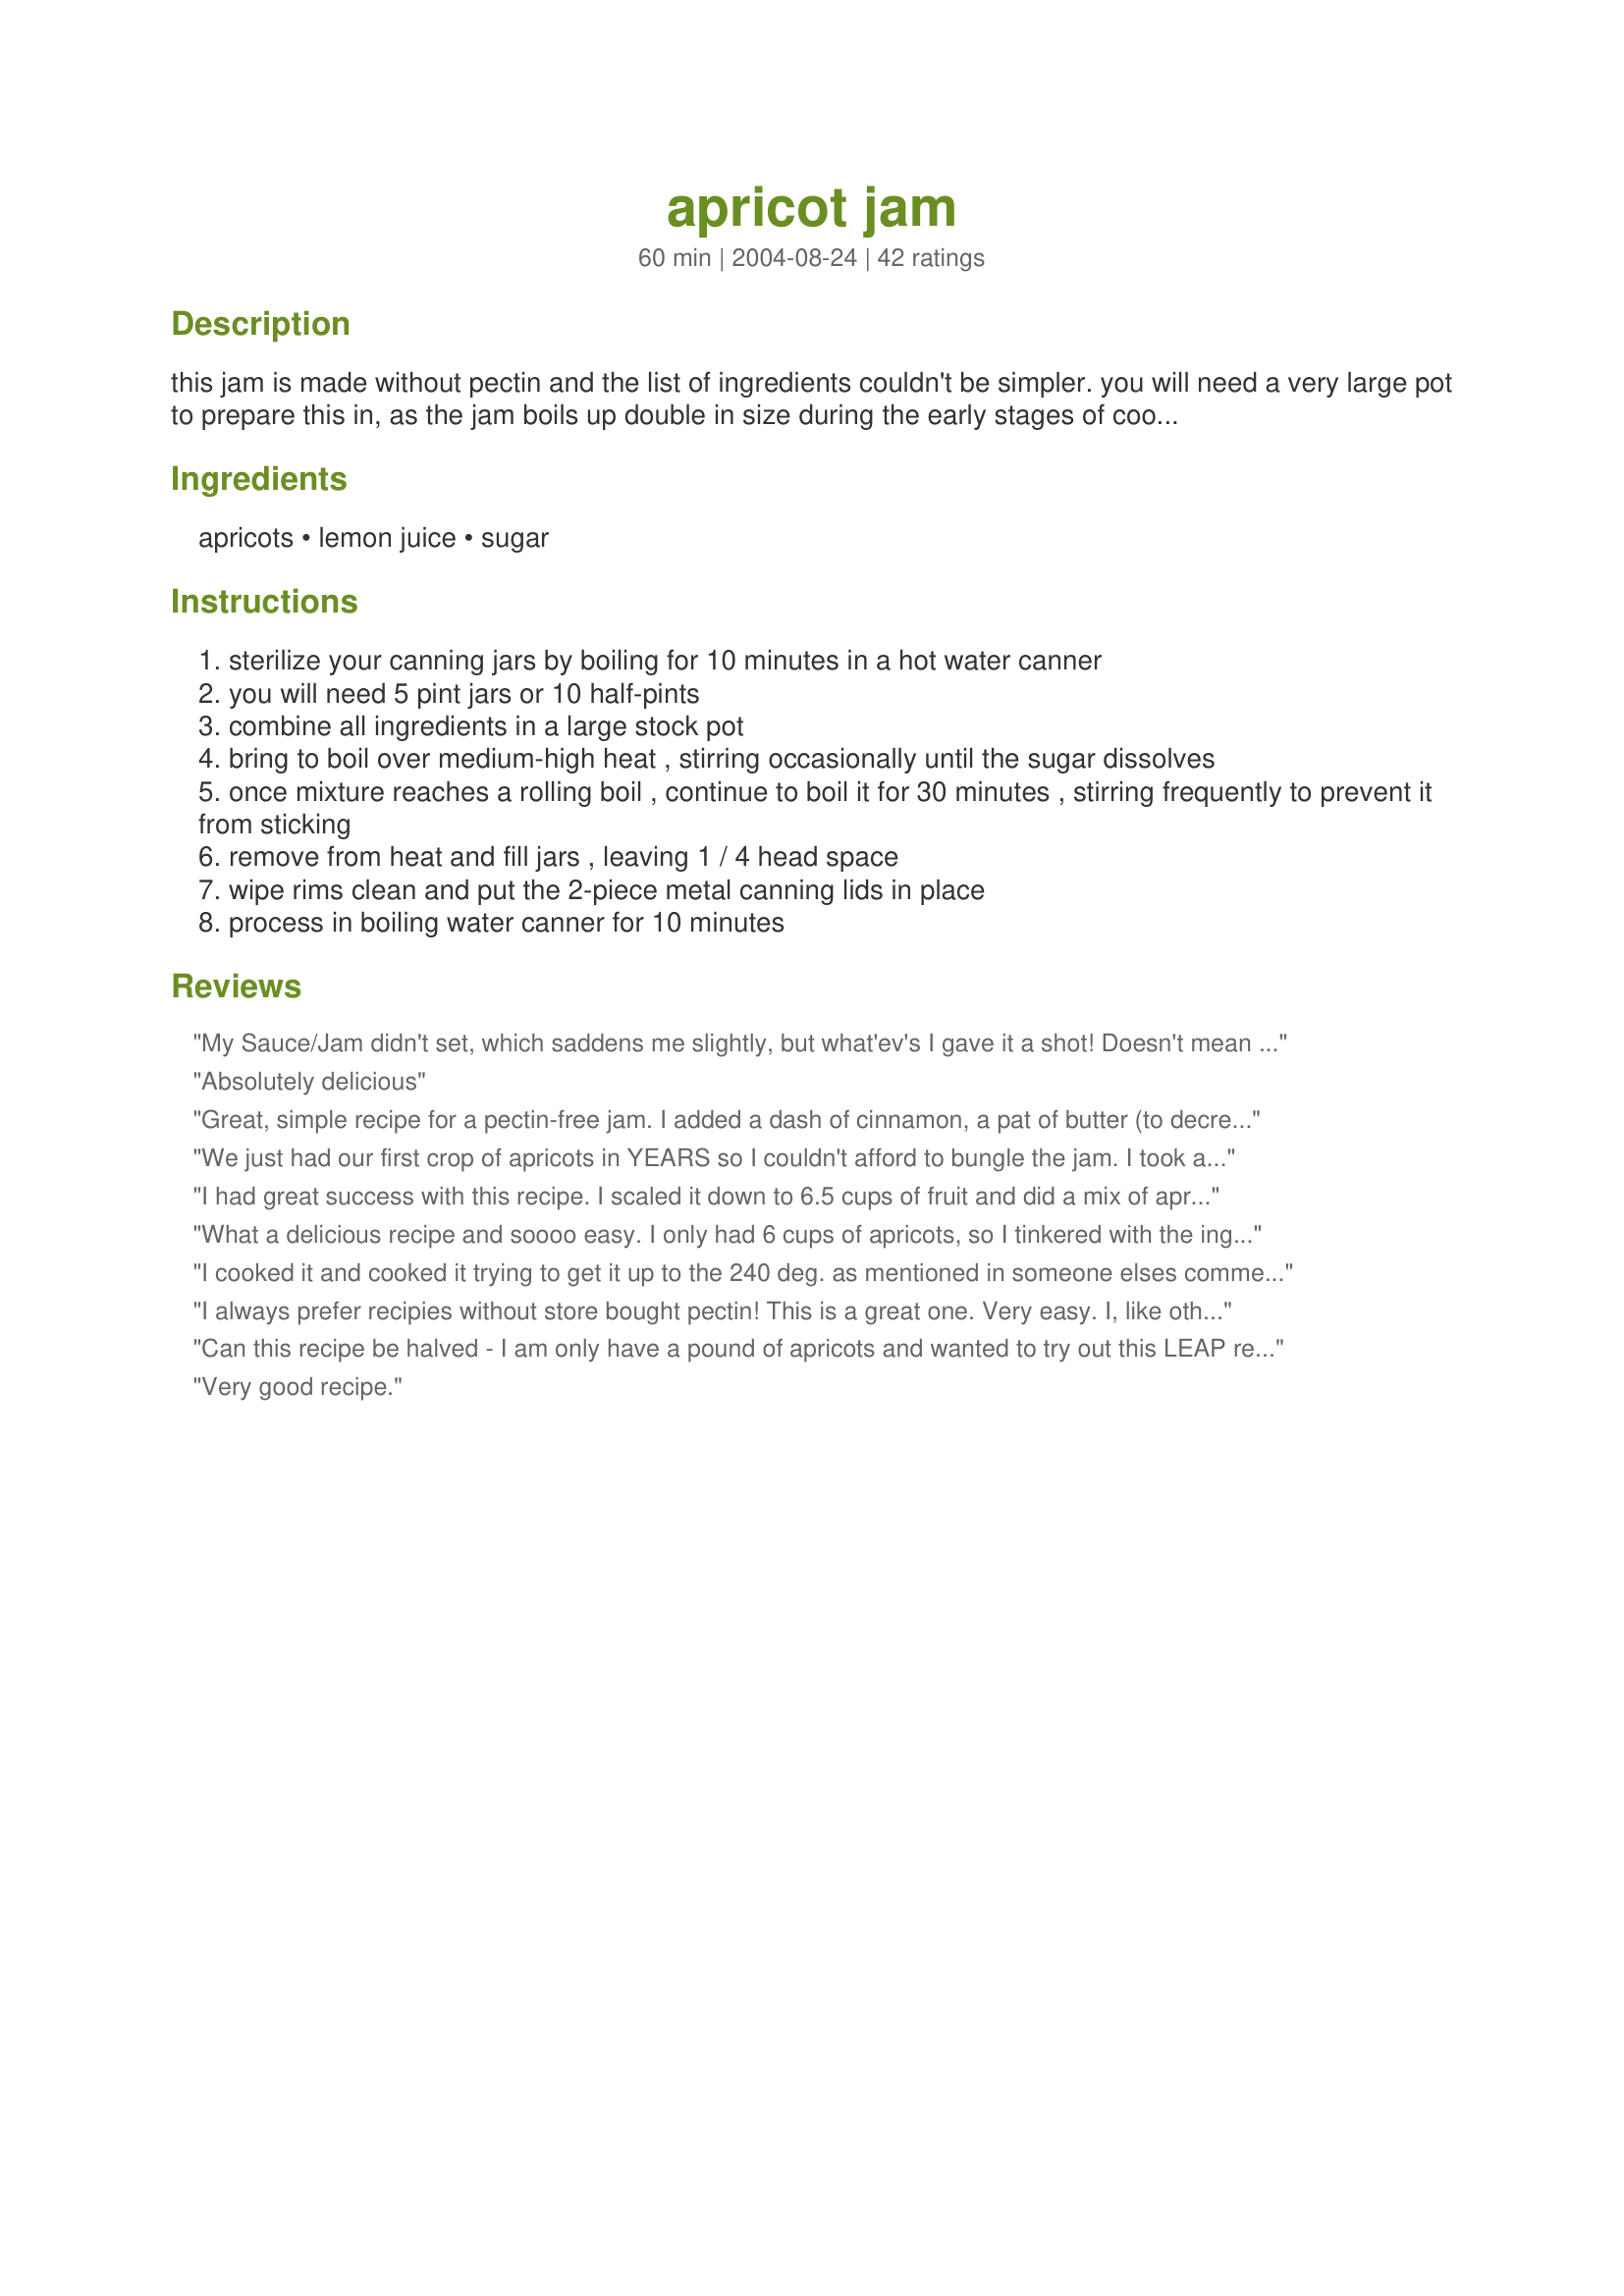
apricot jam
Preparation time: 60 minutes

this jam is made without pectin and the list of ingredients couldn't be simpler. you will need a very large pot to prepare this in, as the jam boils up double in size during the early stages of cooking.

Ingredients:
apricots, lemon juice, sugar

Steps:
sterilize your canning jars by boiling for 10 minutes in a hot water canner
you will need 5 pint jars or 10 half-pints
combine all ingredients in a large stock pot
bring to boil over medium-high heat , stirring occasionally until the sugar dissolves
once mixture reaches a rolling boil , continue to boil it for 30 minutes , stirring frequently to prevent it from sticking
remove from heat and fill jars , leaving 1 / 4 head space
wipe rims clean and put the 2-piece metal canning lids in place
process in boiling water canner for 10 minutes

Reviews:
My Sauce/Jam didn't set, which saddens me slightly, but what'ev's I gave it a shot! Doesn't mean I won't continue trying to make jam without added pectin. Boil longer I suppose?! or stir less?!! I haven't a clue! lol! If anyone has any tips on how to tell when it's ready to be jarred, that would be helpful! I tried the freezer thing, no lo se. Happy Canning Y'all!!! XD
Absolutely delicious
Great, simple recipe for a pectin-free jam. I added a dash of cinnamon, a pat of butter (to decrease foaming) and I decreased the cook time to 15 minutes.
We just had our first crop of apricots in YEARS so I couldn't afford to bungle the jam. I took a risk and added two large diced jalapenos to the fruit! Made it come alive!! Easy, easy!!
I had great success with this recipe. I scaled it down to 6.5 cups of fruit and did a mix of apricots and pineapples, about 5 cups of the apricots and 1.5 of the pineapple. I also added the butter as suggested when boiling. I am so pleased with the outcome. On my gas range I boiled for about 25 minutes at just past the med point. I just made 7 pints and can't wait to make more!
What a delicious recipe and soooo easy. I only had 6 cups of apricots, so I tinkered with the ingredient amounts and ended up with 3 pint jars. Had to stir every 3 mins or so towards the end of cooking.

Very simple recipe... Canning the stuff was the hardest part! Thanks, incdeb.
I cooked it and cooked it trying to get it up to the 240 deg. as mentioned in someone elses comment and it would never get that hot. I ended up bottling it at about 220 deg and only got 3.5 12 oz jars filled. It's also a darker orange color.
I always prefer recipies without store bought pectin! This is a great one. Very easy. I, like others, did not boil it for 30 minutes....more like 15. I used the spoon test to check for readiness - dip a teaspoon in and if it jells as it is dripping off the spoon and cooling, then it is ready! This will go fast at my house!
Can this recipe be halved - I am only have a pound of apricots and wanted to try out this LEAP recipe.
Very good recipe.
Well my 10 year old and I made this recipe today. Our first time canning anything so I'm still hoping it sets and seals properly. We doubled the recipe and it took 32 minutes of boiling. We otherwise followed the directions but decreased sugar by two cups overall. Tastes delicious. We used 12 4oz jars and 12 8oz jars. We're super excited and have our fingers crossed that we hear jars start popping. Oh and we also added butter and foam was minimal
Wow. Thank God. My husband picked fresh Apricots in our yard and tried this recipe, oh really it&#039;s a keeper. This is my first time in my entire life to make an Apricot Jam and it&#039;s a big success. Will make it again. I made 10 cups of apricot and added 1Tbsp. butter. Tip: please don&#039;t use over ripe Apricot.
Turned out great!! I used a stick blender to pulverize the skins....I think it adds to its texture and taste. I was using apricots that come ripe in our area around the end of June. These type are usually for eating and lack that tartness that I love.....But they were from my brother's tree so that made them extra special. First batch I doubled the lemon juice to 1/2 cup...They were good but the second batch I added 3/4 cup of lemon juice and that is the BEST!! Also, a pinch of pink salt. These were pretty juicy apricots plus with the extra juice, I cooked after bringing to a good boil for 35 minutes. I also added ingredient to keep jam from turning brown, it is sodium ascorbate vitamin C. It is a powder you can get on line from health food stores. It has no acid in it and doesn't change taste!! I love the stuff to preserve freshness!!
Made 2 batches last night. I also added a 1/2 Tbls of butter to cut the foam. I got 4 pint jars from each batch. If u want better luck for it to gel and set, use smaller jars (quicker cooling time). I also could only get mine up to 220 degree mark. We will see if it sets it looks a lil runny this morning.
I followed the directions exactly and it came out perfectly. When i stopped cooking it I was afraid it might not be thick enough so it seemed a little thin after 25 minutes but it set up fine. The amount of sugar was right for my taste, It&#039;s a little tart, not too sweet.
I made this yesterday. It was delicious. I may have cooked it a little too much because it's more of a spread; it's really thick. However, it tastes like candy and is really good on toast.
I have made 2 extra large recipes of this and each time it has been WAY better than ANYTHING store-bought!
Thanks so much for sharing this.
Came out to about 90 cents per half-pint--pretty good savings, if
you think about that we will go through over 2 dozen half-pints in six months! Also, non genetically modified since it is without that nasty corn syrup made with toxic gmo corn.
We are a non-gmo household and my reason for making our own jams is that all the ones in the store, except the very expensive european imports (genetically modified produce is illegal there
due to health studies) have alot of genetically modified corn syrup in them. This has really helped!
Hi and thank you for the simple to follow recipe! I actually quadrupled the recipe ( minus 2 cups of sugar) and turned out marvellous! ...now that I've picked heaps more apricits off our young tree, I wish to make similar jam but with a bit of &quot;spicyness&quot;....any suggestions? Thanks again!
Love! Love! Love this recipe! It was so easy. I only made half a batch. I used Black Velvet Apricots which gave this jam a beautiful color. I will try to get a picture posted. I only had two pounds of Apricots & used one cup Splenda and one cup organic sugar. The biggest plus was that it did not require pectin and set wonderfully. I even saved some back this morning to put on my french toast, yummy!<br/>I am so excited about this jam. My daughter doesn't like apricots but she loved this jam. <br/>Oh, and since I cut the recipe down, it did not require as much cooking time. I think I only boiled it for about 20 minutes. I ended up with a perfect texture and got five 4 oz jars plus some extra to used right away. Though I doubt that this will last very long in our house. As I type this review I can hear my jars popping letting me know that they are sealed. Ahhh, music to my ears.<br/>Thank you 'incdeb' for this great and 'so easy' recipe. It is just what I needed.
Fantastic recipe! Came out perfectly! For those whose didn&#039;t set, there are two possible reasons. 1- You didn&#039;t cook it long enough, or 2- your fruit was over-ripe. It&#039;s always important to have some under-ripe fruit in your jam, as it has more natural pectin in it. (I like to dice it more finely than the ripe fruit.)
Thanks for this wonderful recipe. I just made it from some apricots that I froze this last summer. It worked great and I love that I didn't use packaged pectin.
I made the jam this morning and the hardest part was de-stoning and chopping the apricots. I am not used to using the US method of cups, but I bought some recently and they worked fine. The jam is fairly dark and it looks as though it has set. I am hopeless at making jam - it NEVER sets, and I have been known to put gelatine in to make it jam like. I put the thermometer in and no matter that I put the jam pan on my highest burner, I could not get the temperature up to 220. The best I could do after 30m minutes was about 214 degrees. I am pleased with the results and look forward to munching my way through lots of toast and jam!
If you dare to boil this for 30 minutes, you will end up with apricot cotlets (jellied candies). I'm SO bummed! I even watched the temp. to make sure I didn't burn it - never made it past 220 degrees. But I decided to follow the directions as I've never made jam without pectin before. Boiling it for 30 minutes was a big mistake.
This is such an easy recipe to follow and the end result is fabulous. I made ALOT as had 2 full tree's worth of apricots to use. Trouble was I gave a couple of jars to friends .... who came back begging for more ... and its all gone now!
I tried it and loved it! I never thought making jam was so easy. I also added half a stick of cinnamon for that little something extra.
this is a fantastic recipe, I had about 9 cups of apricots and put 5 C sugar and a tiny bit more lemon juice than called for. It cooked up great and beautiful, nice and thick and I have 6 1/2 pints. Oh yeah, added 3 chopped habanaros....yum sweet n spicy!!!
I&#039;d never made jam before. As I now leave in South Africa and it&#039;s popular to make homemade jams, jellies, and other canned goods. I really wanted to give it a try. It was very easy to make. I got lots of compliments from my new friends. I also took some home to the U.S. for friends and family, and it went over like gang busters. It&#039;s expensive to buy jam jars here. So my local friends, showed me you can recycle jars. You can put the clean jars in microwave for 1 min per jar (3 jars 3 mins etc). When you take them out they are hot of course. Fill with the hot jam leave half inch space. Put the top on make sure is good and tight, flip them upside down on a towel to cool overnight. These will keep the seal, your jam will keep no problem. This recipe encouraged me to try to experantment with other fruits. I can&#039;t wait!!
With an over abundance of fresh apricots I made 2 batches of this (and it makes a lot) one as directed and then a 2nd with a large jalapeno pepper added. I did at 1 tablespoon of butter to reduce the foaming. Other than that followed as directed and couldn&#039;t be happier. Sure have a LOT of apricot jam to last me all year. Thanks for posting
I made this the other night and it set beautifully! My family and friends gobbled their way through all but 2 jars... definitely will make this again before apricots are out of season. I cut the sugar back to 5 cups as I had a few less apricots, and I tore the apricots into smaller chunks.
This worked like magic, BUT problem.... I followed directions exactly, but the bottom of the pot burned, not exactly burned, but the sugar turned dark candied colour.....so the jam is very dark in colour, which is ok, but I'd have preferred it paler. Also, I did half the recipe and it only made 1 pint jar and a bit in the other.....I'm wondering where I went wrong :(
I make a lot of jam and this is a good recipe but a tad sweet. I made a second batch, and since apricot is my wife&#039;s favorite, I made a large batch which used 26 cups, (44 apricots), 3/4 cups lemon juice and reduced the sugar from 20 to 16 cups and added 3 Tbs. butter. Butter virtually eliminates the foam. Because I was using less sugar I increased the cooking time to 45 minutes and it came out perfect. This made 26 1/2 pints, enough to keep my wife well stocked and plenty to share with friends and family. Bon Appetit.
was very good and easy jam to make. It sets up more once I put it in the fridge. I would give this recipe to my freinds and family. Thank you
Made my 2nd batch - delicious! I watched the temp and brought it to 240 degrees. I also added 1/2 tablespoon of butter to keep it from foaming (great trick I learned from recipe 62194!). Turned out fantastic! Thanks for the great recipe!
Super easy. I used 12 medium-sized apricots and lowered the sugar to 5 1/2 cups. I didn't have any lemon juice, but I had some FruitFresh on hand and mixed 3 tsp in with the sugar. I didn't need to boil it for 30 minutes - it turned clear and thick in about 15, then I let it go for another 5 just in case. :) I don't have a canner, so I heated my clean jars in a 300 degree oven while I was cooking the peaches and took them out one by one when I needed them. I used a boiling water bath to get them to seal. I got 4 pint jars plus a little extra for my husband and kids to test out on warm bread. They all gave it rave reviews, so I think this one is a keeper!
Very simple to make with very simple ingredients! Thanks for the wonderful recipe :)
I made this for the first time today - couldn't have been easier but it ended up being a dark carmel color. Doesn't look like apricots at all. Did that happen to anyone else? I followed the directions to the letter.
I made this with only one change- I added a pat of butter while it was boiling like a previous reviewer suggested. I just got a tiny bit of foam that easily stirred back in so that was worth it. Tastes great and set up nicely, thanks for a great recipe!
This is an excellent and easy to follow recipe. I added two extra cups of apricot to make it thicker. Then i followed the rest of the instruction. I love it my first time making this. Thanks for sharing this recipe.
First time jammer... this turned out great, with wonderful taste! I used apricots out of the freezer, diced while they were still firm. Measured my ingredients exact to the recipe. I'd read most of the reviews, and was concerned about it not setting up and getting the temperature to 220. So... I simmered it slowly up to 220 and gelling off the spoon- which took about 30min. Out of the cupboard the consistency was perfect, but thickened more than I wanted it to out of the refrigerator. Hoping to fix that by adjusting my cooking time to 20 minutes, but other than that I won't change a thing. Taste is oooo so good!!
This was my first time making jam, and it went over pretty well. Although I only got 4 pints' worth of jam, which was a bummer. And I was unsure of how small to dice the apricots. Overall, I would have liked a little more direction and tips, but it seemed to go alright and we are super excited to have apricot jam in the house!
Mine did not set. I have always used pectin and was curious about this recipe. It is a delicious sauce. Had it on waffles the other morning. Yum! Maybe a tad too sweet for my taste.
This was my first attempt at Apricot Jam. Love it. Used my candy thermometer; brought it up to 220
